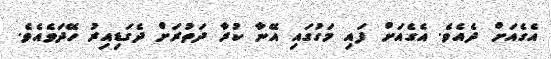
އެގެއަށް ދެއެވެ. އެގެއަށް ފައި މަގުގައި އޭނާ ކުރާ ދަތުރަށް ދެގަޑިއިރު ހޭދަވެއެވެ.